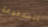
المدفوعة